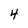
Character: 4